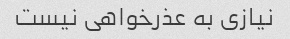
نیازی به عذرخواهی نیست